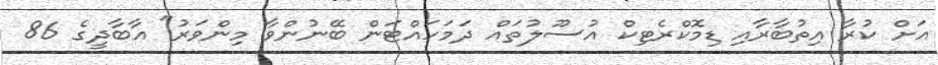
އަށް ކުރާ އިތުބާރާއި ޑިމޮކްރެޓިކް އުސޫލުތައް ދަމަހައްޓަން ބޭނުންވާ މިންވަރު" އާބާދީގެ 86